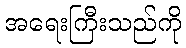
အရေးကြီးသည်ကို